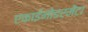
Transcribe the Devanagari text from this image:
एकाईनोडरमेंटा